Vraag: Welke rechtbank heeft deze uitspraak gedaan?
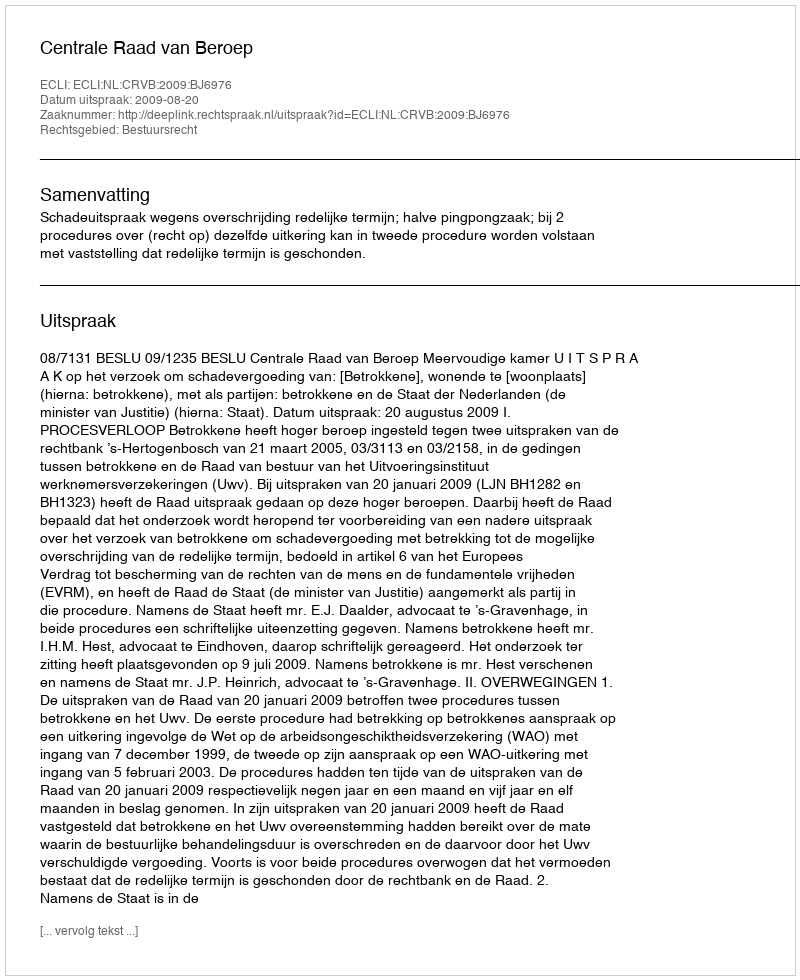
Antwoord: Centrale Raad van Beroep